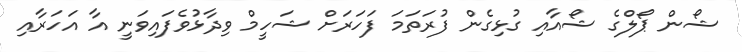
ޝޯން ޕޯލްގެ ޝޯއާއި ގުޅިގެން ފުރަތަމަ ފަހަރަށް ޝަހީމް ވިދާޅުވެފައިވަނީ އާ އަހަރާއި